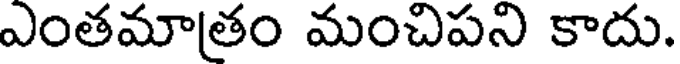
ఎంతమాతం మంచిపని కాదు.